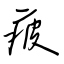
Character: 疲